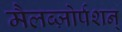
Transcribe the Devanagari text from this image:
मैलब्ज़ोर्पशन्